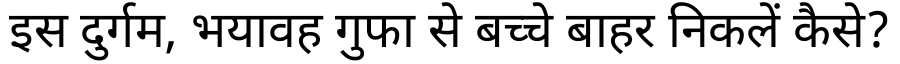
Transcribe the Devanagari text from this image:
इस दुर्गम, भयावह गुफा से बच्चे बाहर निकलें कैसे?